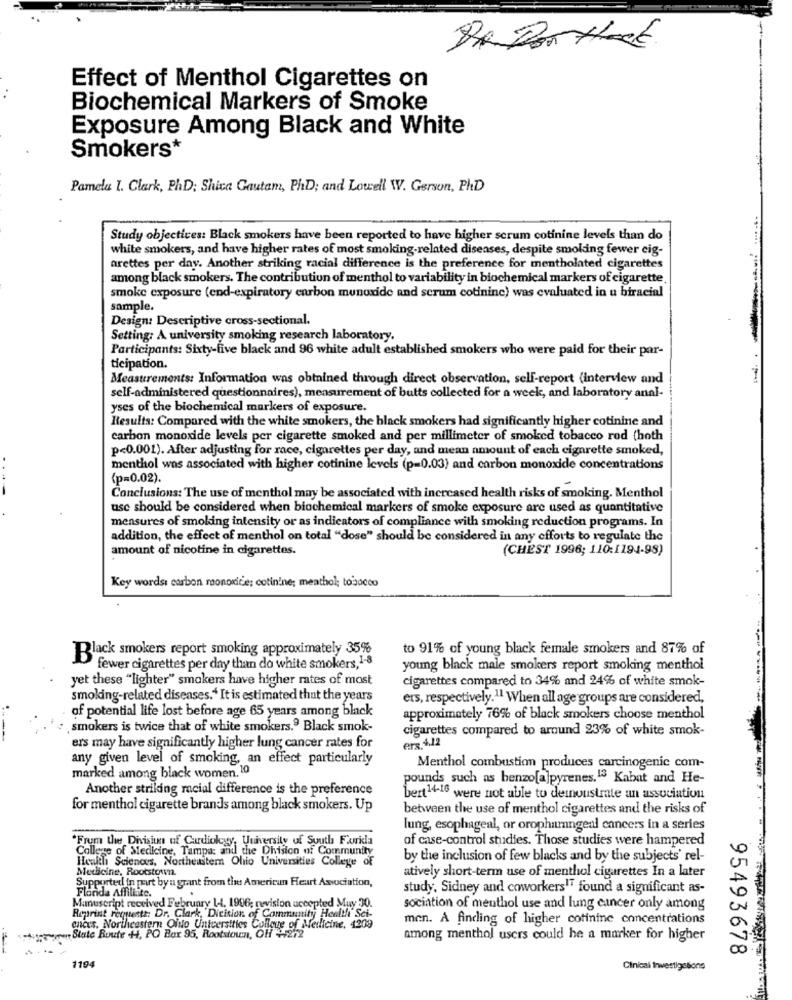
Effect of Menthol Cigarettes on
Biochemical Markers of Smoke
Exposure Among Black and White
Smokers*
Pamela I. Clark, PhD; Shica Gautam, PhD; and Lowell W. Gerson, PhD
Study objectives: Black smokers have been reported to have higher scrum cotinine levels than do
white smokers, and have higher rates of most smoking-related diseases, despite smoking fewer eig-
arettes per day. Another striking racial difference is the preference for mentholated cigarettes
among black smokers. The contribution of menthol to variability in biochemical markers of cigarette
smoke exposure (end-expiratory carbon monoxide and scrum cotinine) was evaluated in u biracial
sample.
Design: Descriptive cross-sectional.
Setting: A university smoking research laboratory.
Participants: Sixty-five black and 96 white adult established smokers who were paid for their par-
ticipation.
Measurements: Information was obtained through direct observation, self-report (interview and
self-administered questionnaires), measurement of butts collected for a week, and laboratory anal-
yses of the biochemical markers of exposure.
Results: Compared with the white smokers, the black smokers had significantly higher cotinine and
carbon monoxide levels per cigarette smoked and per millimeter of smoked tobacco rod (hoth
p<0.001). After adjusting for race, cigarettes per day, and mean amount of each cigarette smoked,
menthol was associated with higher cotinine levels (p=0.03) and carbon monoxide concentrations
(p=0.02).
Conclusions: The use of menthol may be associated with increased health risks of smoking. Menthol
usc should be considered when biochemical markers of smoke exposure are used as quantitative
measures of smoking intensity or as indicators of compliance with smoking reduction programs. In
addition, the effect of menthol on total "dose" should be considered in any efforts to regulate the
amount of nicotine in cigarettes.
(CHEST 1996; 110:1194-98)
Key words: carbon monoxide; cotinine; meathol; tobacco
to 91% of young black female smokers and 87% of
Black smokers report smoking approximately 35%
fewer cigarettes per day than do white smokers, 1-8
young black male smokers report smoking menthol
yet these "lighter" smokers have higher rates of most
cigarettes compared to 34% and 24% of white smok-
smoking-related diseases.“ It is estimated that the years
ers, respectively.11 When all age groups are considered,
of potential life lost before age 65 years among black
approximately 76% of black smokers choose menthol
smokers is twice that of white smokers.9 Black smok-
cigarettes compared to around 23% of white smok-
---
ers.4,12
ers may have significantly higher lung cancer rates for
any given level of smoking, an effect particularly
Menthol combustion produces carcinogenic com-
marked among black women, 10
pounds such as benzo[a]pyrenes."" Kabat and He-
Another striking racial difference is the preference
bert14-16 were not able to demonstrate an association
for menthol cigarette brands among black smokers. Up
between the use of menthol cigarettes and the risks of
lung, esophageal, or oropharngeal cancers in a series
*Frum the Division of Cardiology, University of South Forkla
of case-control studies. Those studies were hampered
College of Medicine, Tampa: and the Division of Community
Health Sciences, Northeastern Ohio Universities College of
by the inclusion of few blacks and by the subjects' rel-
Medicine, Rootstown.
atively short-term use of menthol cigarettes In a later
Supported in part by a grant from the American Heart Association,
Flanda Affiliate.
study. Sidney and coworkers"T found a significant as-
Manuscript received February Ll. 1906; revision accepted Muy 30.
sociation of menthol use and lung cancer only among
Reprint retttestt: Dr. Clark, "Division of Community Health Sci-
men. A finding of higher cotinine concentrations
ences. Northeastern Ointo Universities College of Medicine, 4209
Slate Route .H, PO Box 95, Rootstown, OH +4272
among menthol users could he a marker for higher
95493678
1194
Clinical Investigations